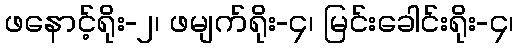
ဖနောင့်ရိုး-၂၊ ဖမျက်ရိုး-၄၊ မြင်းခေါင်းရိုး-၄၊